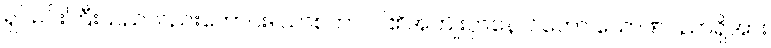
ရှင်မင်းကြီးသည်လည်းကောင်း။ ယာစကာ၊ ငါ၏အကျိုးငှာနောင်တော် သောဏပညာရှိအား